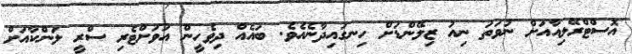
އޮސްޓްރޭލިއާއަށް ނުވަތަ ނިއު ޒިލޭންޑަށް ހިނގައިދާނެއެވެ. ބައެއް ދިވެހީން އަވަށްޓެރި ސްރީ ލަންކާއަށް